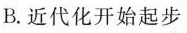
B. 近代化开始起步